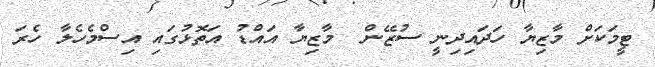
ޓީމަކަށް މާޒިޔާ ހަދައިދިނީ ސުޒޭން  މާޒިޔާ އައްޑު އަތޮޅުގައި އިސްމެހެލާ ހެރަ